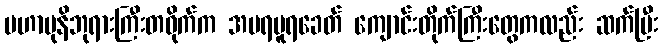
မဟာမုနိဘုရားကြီးတဝိုက်က အမရပူရခေတ် ကျောင်းတိုက်ကြီးတွေကလည်း ဆက်ပြီး